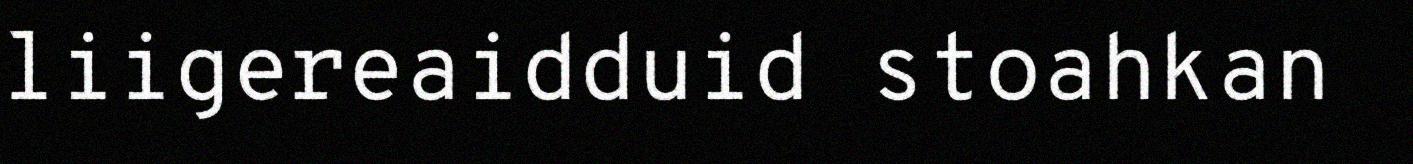
liigereaidduid stoahkan